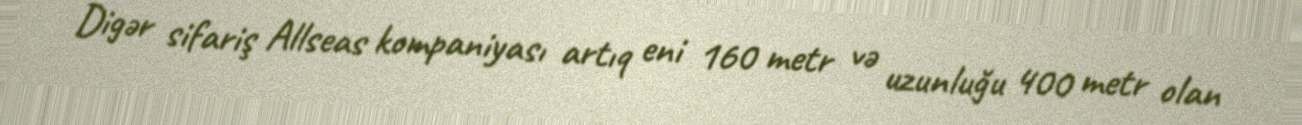
Digər sifariş Allseas kompaniyası artıq eni 160 metr və uzunluğu 400 metr olan